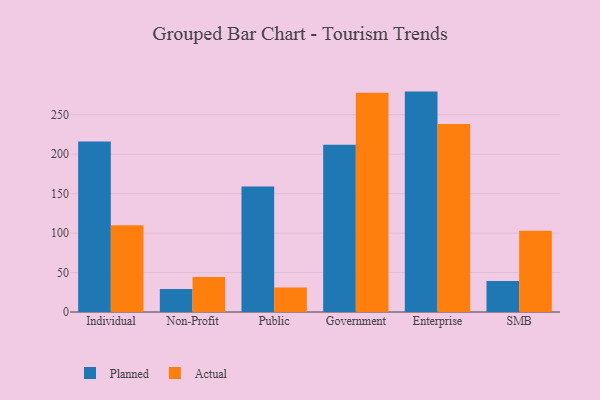
{"axis": {"x": "Segment", "y": "Churn Rate (%)"}, "legend": ["Actual", "Planned"], "data": [{"x": "Individual", "y": 216.0, "type": "Planned"}, {"x": "Individual", "y": 109.8, "type": "Actual"}, {"x": "Non-Profit", "y": 29.3, "type": "Planned"}, {"x": "Non-Profit", "y": 44.5, "type": "Actual"}, {"x": "Public", "y": 159.1, "type": "Planned"}, {"x": "Public", "y": 30.9, "type": "Actual"}, {"x": "Government", "y": 211.9, "type": "Planned"}, {"x": "Government", "y": 277.9, "type": "Actual"}, {"x": "Enterprise", "y": 279.3, "type": "Planned"}, {"x": "Enterprise", "y": 238.3, "type": "Actual"}, {"x": "SMB", "y": 39.2, "type": "Planned"}, {"x": "SMB", "y": 103.0, "type": "Actual"}]}